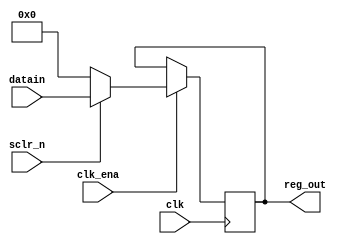
module reg16 (
input clk ,
input sclr_n ,
input clk_ena,
input [15:0]datain ,
output reg [15:0]reg_out
);

always @(posedge clk)
  begin
    if (~clk_ena)
      reg_out = reg_out ;
    else if (clk_ena)
      begin
        if(~sclr_n)
           reg_out = 16'b0 ;
        else if(sclr_n)
           reg_out = datain ;
      end
      
  end
endmodule